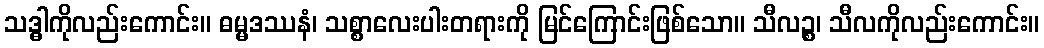
သဒ္ဓါကိုလည်းကောင်း။ ဓမ္မဒဿနံ၊ သစ္စာလေးပါးတရားကို မြင်ကြောင်းဖြစ်သော။ သီလဉ္စ၊ သီလကိုလည်းကောင်း။